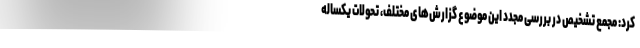
کرد: مجمع تشخیص در بررسی مجدد این موضوع گزارش‌های مختلف، تحولات یکساله